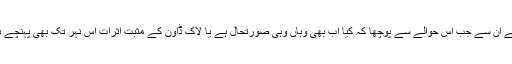
ہم نے ان سے جب اس حوالے سے پوچھا کہ کیا اب بھی وہاں وہی صورتحال ہے یا لاک ڈاؤن کے مثبت اثرات اس نہر تک بھی پہنچے ہیں؟